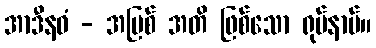
အာဒီနဝံ - အပြစ် အတိ ဖြစ်သော ရုပ်နာမ်။